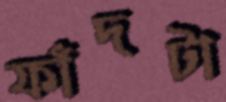
ফাঁদটা